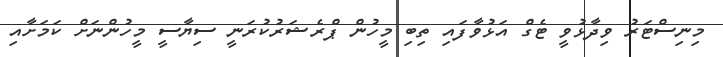
މިނިސްޓަރު ވިދާޅުވީ ޓެގް އަޅުވާފައި ތިބި މީހުން ޕްރެޝަރުކުރަނީ ސިޔާސީ މީހުންނަށް ކަމަށާއި